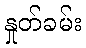
နှုတ်ခမ်း